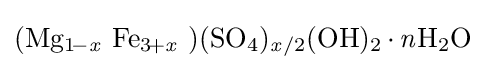
{(\mathrm {Mg} {\vphantom {A}}_{\smash[{t}]{1\!-{\mathit {x}}}}~\mathrm {Fe} {\vphantom {A}}_{\smash[{t}]{3\!+{\mathit {x}}}}~)(\mathrm {SO} {\vphantom {A}}_{\smash[{t}]{4}}){\vphantom {A}}_{\smash[{t}]{{\mathit {x}}/2}}(\mathrm {OH} ){\vphantom {A}}_{\smash[{t}]{2}}\,{\cdot }\,{\mathit {n}}\mathrm {H} {\vphantom {A}}_{\smash[{t}]{2}}\mathrm {O} }